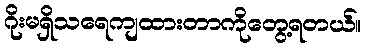
ဂိုးမရှိသရေကျထားတာကိုတွေ့ရတယ်။